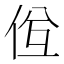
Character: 𠈝